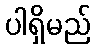
ပါရှိမည်